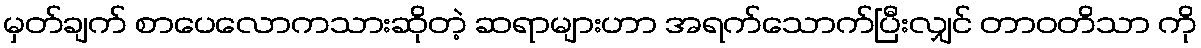
မှတ်ချက် စာပေလောကသားဆိုတဲ့ ဆရာများဟာ အရက်သောက်ပြီးလျှင် တာဝတိသာ ကို